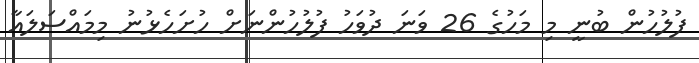
ފުލުހުން ބުނީ މި މަހުގެ 26 ވަނަ ދުވަހު ފުލުހުންނަށް ހުށަހެޅުނު މިމައްސަލައާ